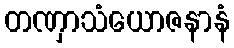
တဏှာသံယောဇနာနံ